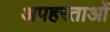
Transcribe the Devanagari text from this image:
अपहरताओं